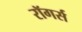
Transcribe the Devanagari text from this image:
रॉगर्स